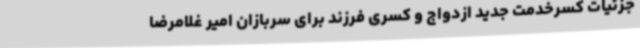
جزئیات کسرخدمت‌ جدید ازدواج و کسری فرزند برای سربازان امیر غلامرضا